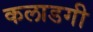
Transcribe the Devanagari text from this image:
कलाडगी